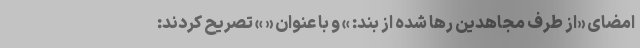
امضای «از طرف مجاهدین رها شده از بند: » و با عنوان « » تصریح کردند: